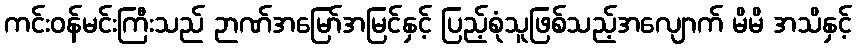
ကင်းဝန်မင်းကြီးသည် ဉာဏ်အမြော်အမြင်နှင့် ပြည့်စုံသူဖြစ်သည့်အလျောက် မိမိ အသိနှင့်